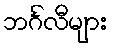
ဘင်္ဂလီများ